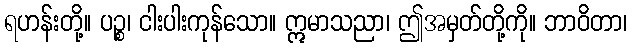
ရဟန်းတို့။ ပဉ္စ၊ ငါးပါးကုန်သော။ ဣမာသညာ၊ ဤအမှတ်တို့ကို။ ဘာဝိတာ၊